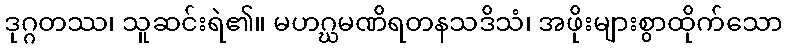
ဒုဂ္ဂတဿ၊ သူဆင်းရဲ၏။ မဟဂ္ဃမဏိရတနသဒိသံ၊ အဖိုးများစွာထိုက်သော